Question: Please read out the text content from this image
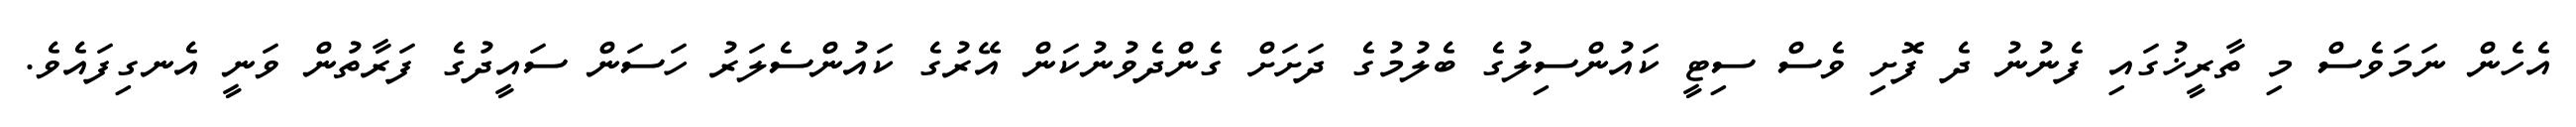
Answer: އެހެން ނަމަވެސް މި ތާރީޚުގައި ފެނުނު ދެ ފޮށި ވެސް ސިޓީ ކައުންސިލުގެ ބެލުމުގެ ދަށަށް ގެންދެވުނުކަން އޭރުގެ ކައުންސެލަރު ހަސަން ސައީދުގެ ފަރާތުން ވަނީ އެނގިފައެވެ.